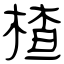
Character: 楂